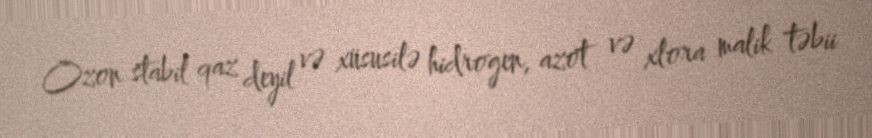
Ozon stabil qaz deyil və xüsusilə hidrogen, azot və xlora malik təbii